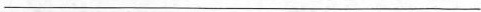
___